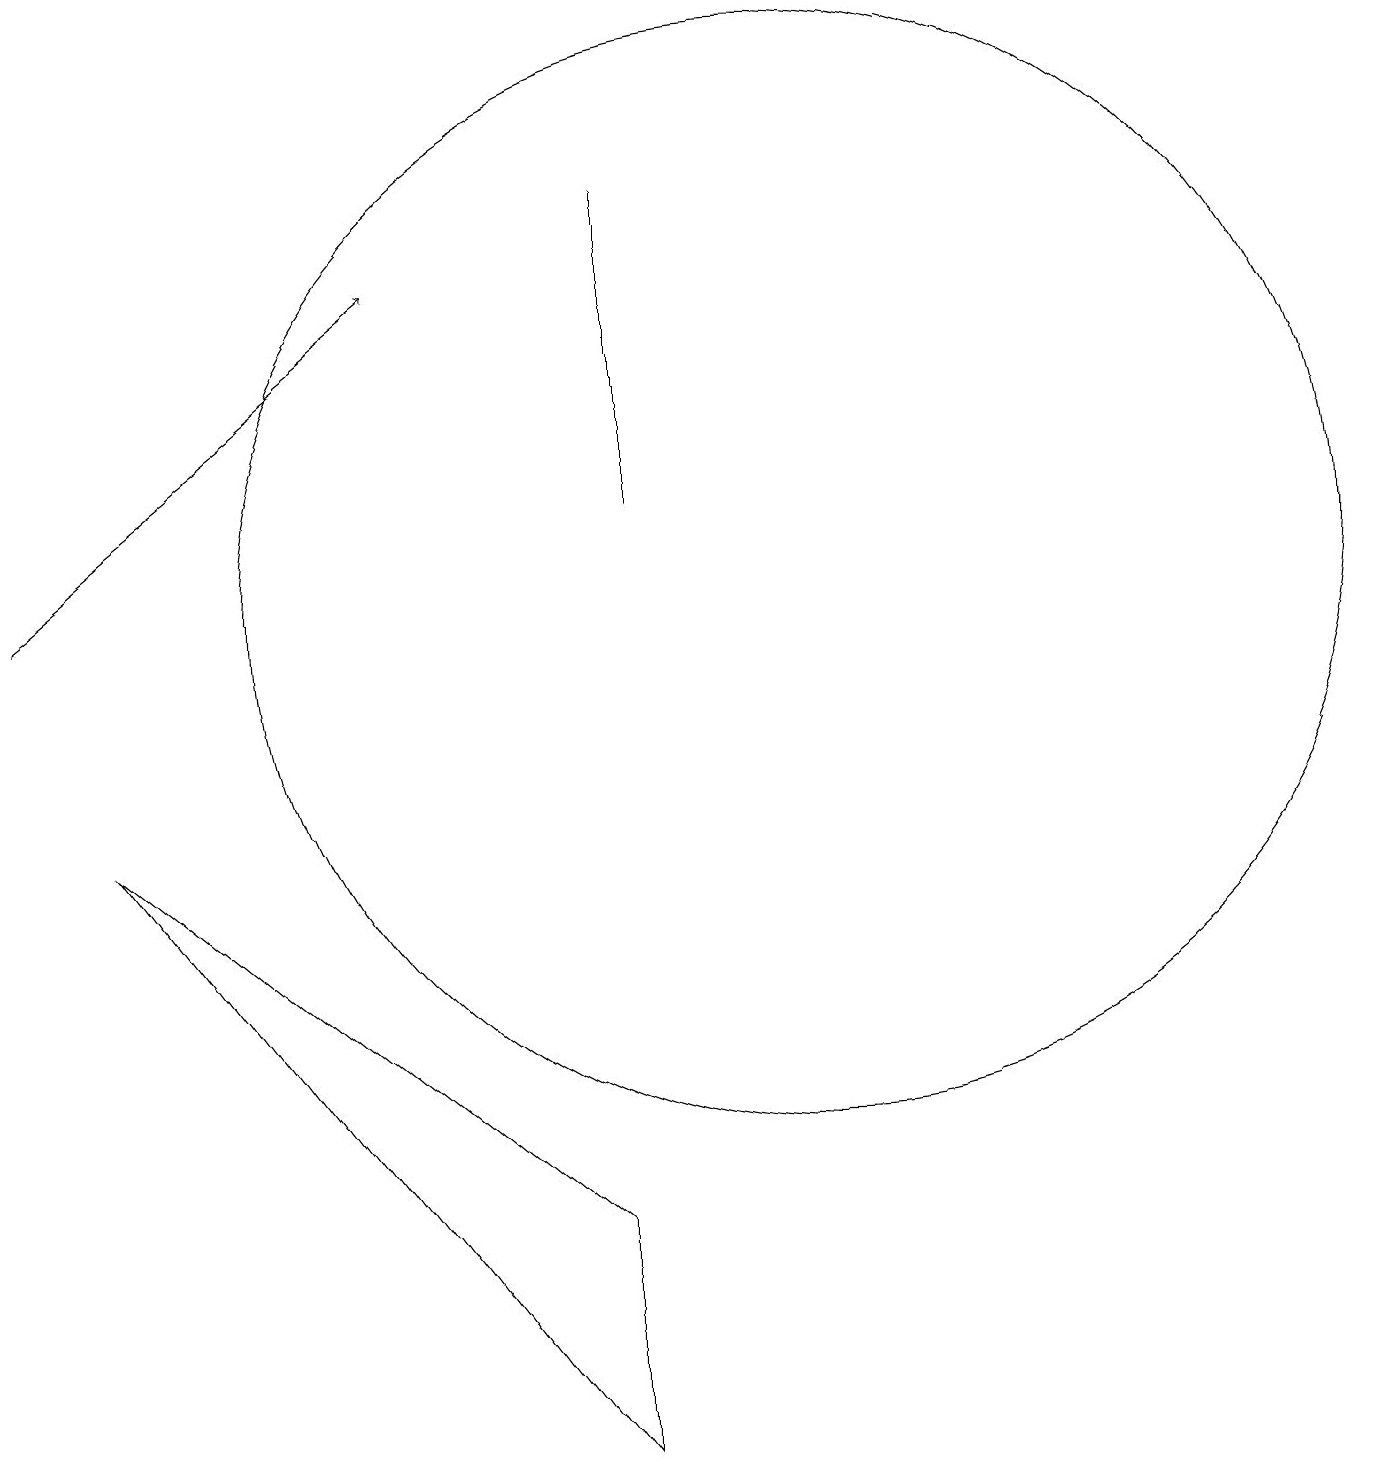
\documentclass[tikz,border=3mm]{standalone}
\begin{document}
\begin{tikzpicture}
\draw (9,17) rectangle (9,13);
\draw (8,4) -- (8,1) -- (2,9) -- cycle;
\draw (11,12) circle (7);
\draw[->] (1,12) -- (6,16);
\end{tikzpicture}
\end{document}